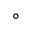
^ \circ